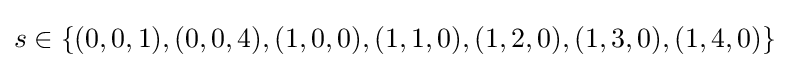
s\in \{(0,0,1),(0,0,4),(1,0,0),(1,1,0),(1,2,0),(1,3,0),(1,4,0)\}